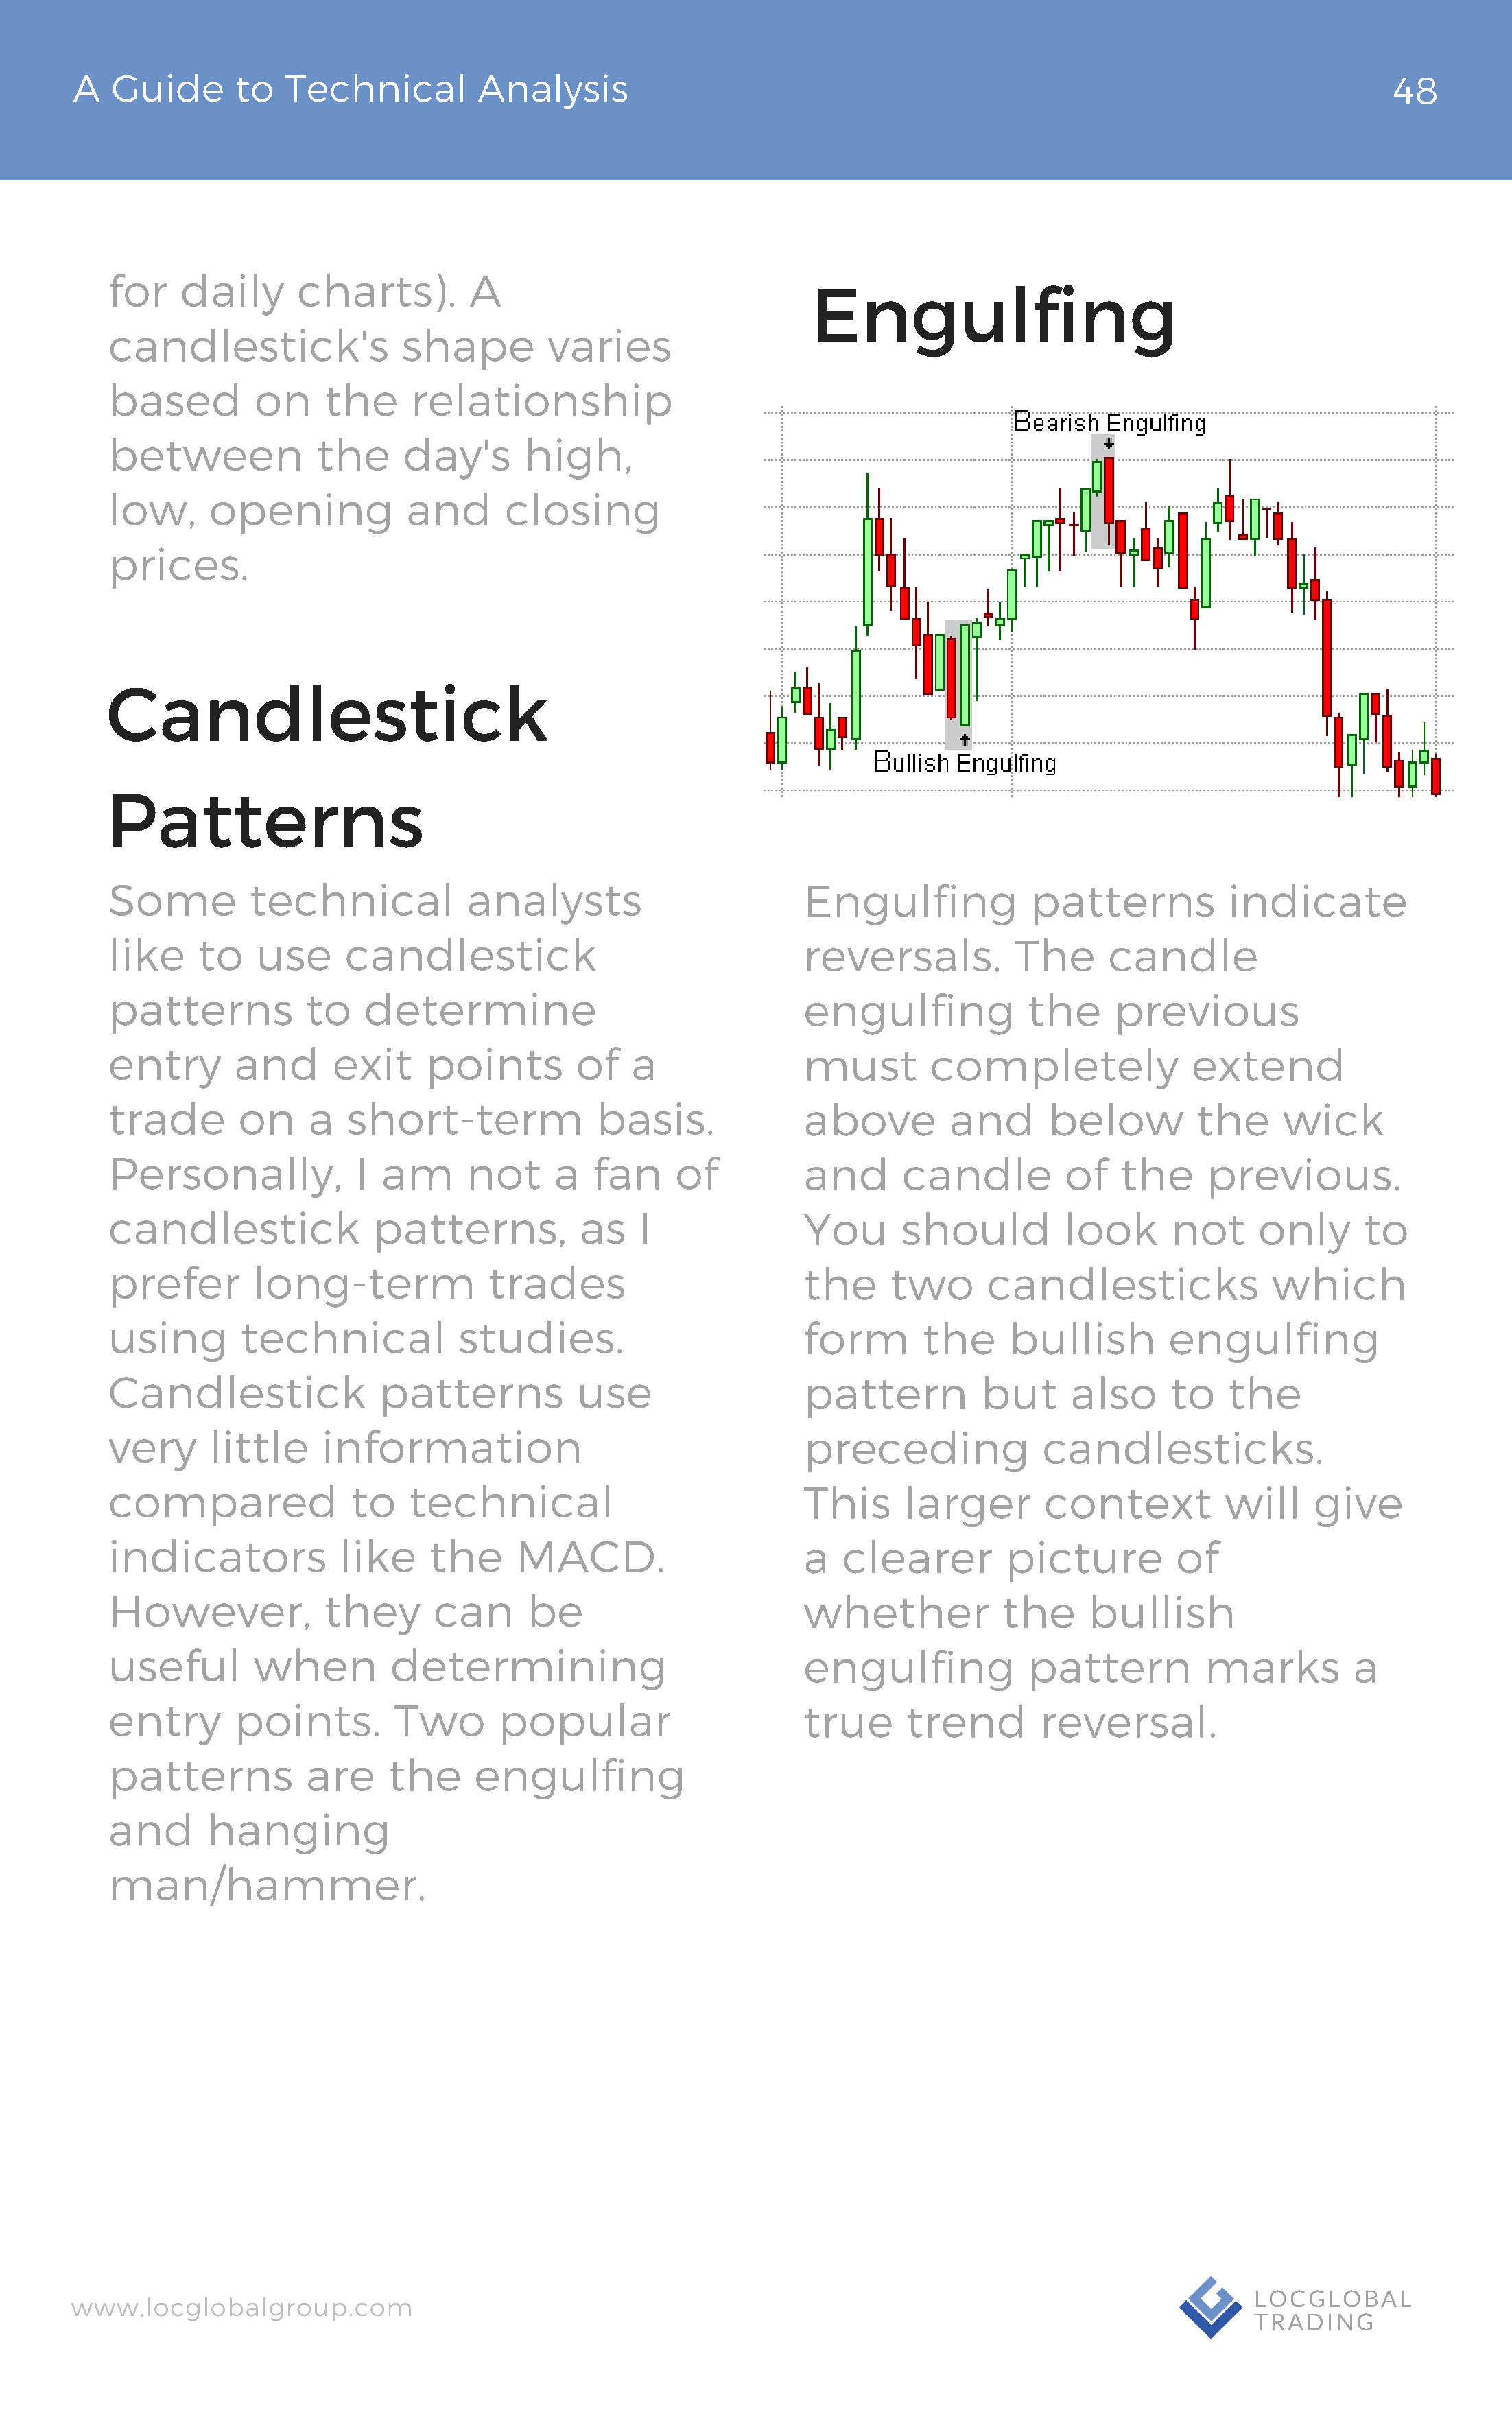
A   Guide       to  Technical          Analysis                                                                                48
 for    daily       charts).        A                                Engulfing
 candlestick's                shape         varies
 based          on    the      relationship
 between              the     day's       high,
 low,      opening            and       closing
 prices.
 Candlestick
 Patterns
 Some          technical            analysts                         Engulfing            patterns           indicate
 like     to    use     candlestick                                  reversals.          The      candle
 patterns            to   determine                                  engulfing            the     previous
 entry        and      exit     points         of   a                must        completely               extend
 trade        on     a  short-term               basis.              above         and      below         the      wick
 Personally,             I  am      not     a   fan     of           and      candle          of   the     previous.
 candlestick               patterns,           as    I               You      should          look      not     only       to
 prefer        long-term              trades                         the     two      candlesticks                which
 using        technical            studies.                          form       the     bullish         engulfing
 Candlestick                patterns           use                   pattern          but     also      to   the
 very      little     information                                    preceding              candlesticks.
 compared                to   technical                              This     larger        context          will     give
 indicators             like    the      MACD.                       a  clearer         picture         of
 However,             they       can      be                         whether            the     bullish
 useful        when          determining                             engulfing            pattern          marks          a
 entry        points.        Two       popular                       true     trend        reversal.
 patterns            are    the      engulfing
 and       hanging
 man/hammer.
 www.locglobalgroup.com                                                                                            LOCGLOBAL
 TRADING